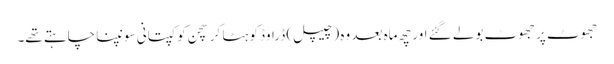
جھوٹ پر جھوٹ بولے گئے اور چھ ماہ بعد وہ (چیپل) ڈراوڈ کو ہٹا کر سچن کو کپتانی سونپنا چاہتے تھے۔